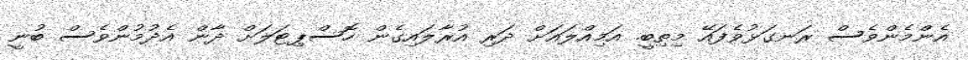
އެންމެންވެސް ރަނގަޅުވެފައޭ މިތިބީ. އަމިއްލައަށް ދަރި އުރާލައިގެން ހޮސްޕިޓަލަށް ދާން އެދުމުންވެސް ބުނީ